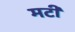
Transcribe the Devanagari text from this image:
मटी